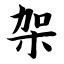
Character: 架